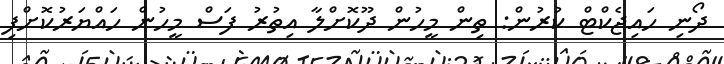
ދޯނި ހައިޖެކްޓް ކުރުން: ތިން މީހުން ދޫކޮށްލާ އިތުރު ފަސް މީހުން ހައްޔަރުކޮށްފި